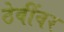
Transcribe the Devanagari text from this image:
ठेवींवर